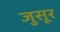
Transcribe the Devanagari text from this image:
जुसूर